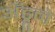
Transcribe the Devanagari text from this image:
अँड्रूने